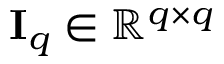
\mathbf { I } _ { q } \in \mathbb { R } ^ { q \times q }